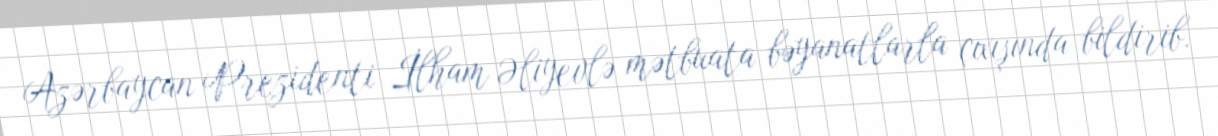
Azərbaycan Prezidenti İlham Əliyevlə mətbuata bəyanatlarla çıxışında bildirib.